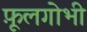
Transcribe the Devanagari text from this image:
फ़ूलगोभी